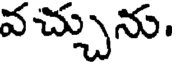
వచ్చును.